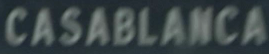
CASABLANCA